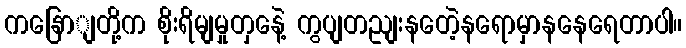
ကနြောျတို့က စိုးရိမျမှုတှနေဲ့ ကွပျတညျးနတေဲ့နရောမှာနနေရေတာပါ။